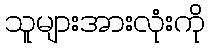
သူများအားလုံးကို